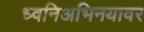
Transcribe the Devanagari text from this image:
ध्वनिअभिनयावर